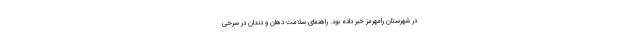
در شهرستان رامهرمز خبر داده بود. راهنمای سلامت دهان‌ و دندان در سرخی